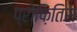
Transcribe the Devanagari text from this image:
प्रोफ़ितिस